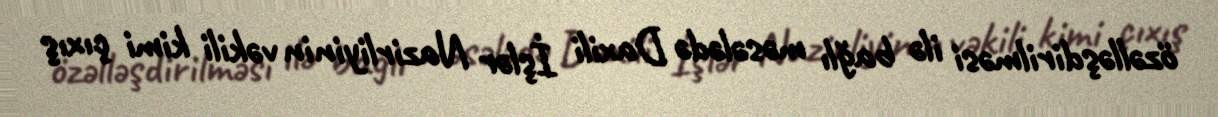
özəlləşdirilməsi ilə bağlı məsələdə Daxili İşlər Nazirliyinin vəkili kimi çıxış